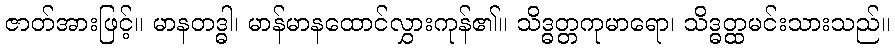
ဇာတ်အားဖြင့်။ မာနတဒ္ဓါ၊ မာန်မာနထောင်လွှားကုန်၏။ သိဒ္ဓတ္တကုမာရော၊ သိဒ္ဓတ္ထမင်းသားသည်။